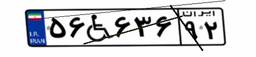
۵۶W۶۳۶۹۲